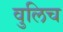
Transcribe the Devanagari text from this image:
वुलिच